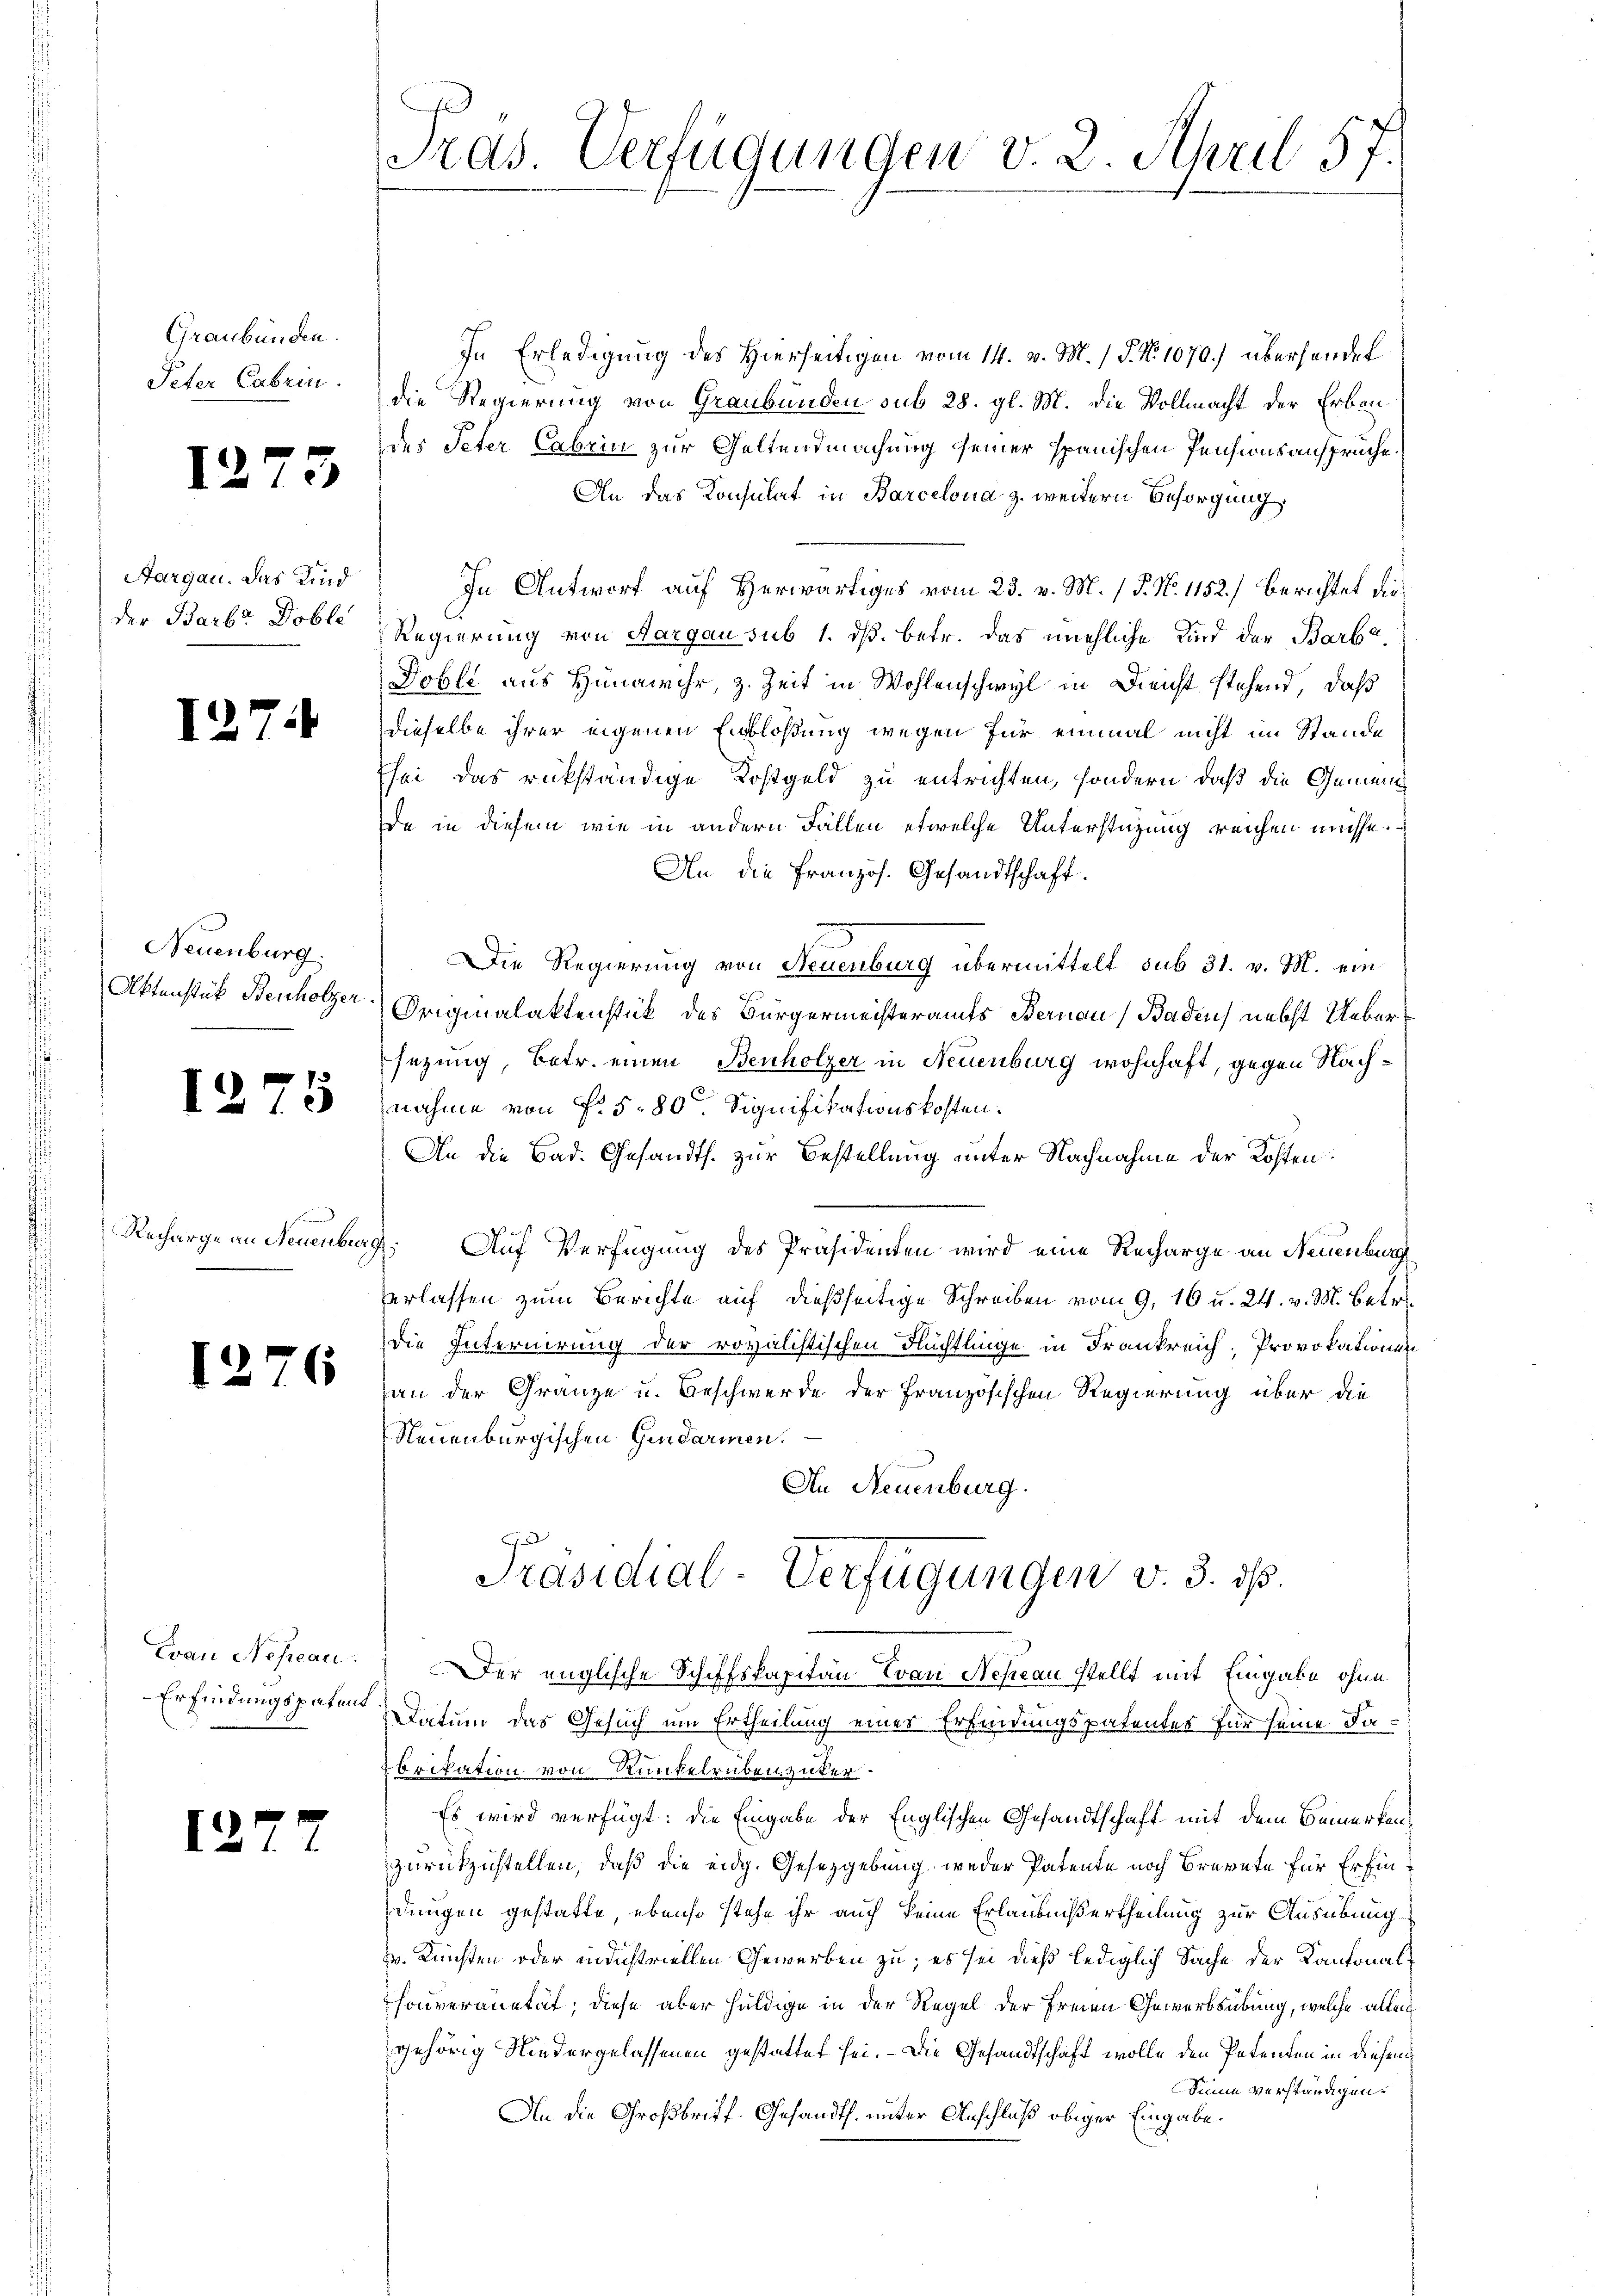
Graubünden.
Peter Cabrin

12

121

1275

1

12

3

¬

Aargau. Das Kind
der Barb. Doble

Neuenburg.
Aktenstück Benholzer

Recharge an Neuenber

6

Wan Nesreau.
Erfindungspatens

2

ras. Verfügungen v. 2. April 57.

In Erledigung des Hierseitigen vom 14. v. M. P. No 1070.) überhander
die Regierung von Graubünden sub 28. gl. M. die Vollmacht der Erbaudes Peter Cabrin zur Geltendmachung seiner spanischen Pensionsansprüche.
An das Konsulat in Barcelona z. weitern Besorgung
In Antwort auf Herwärtiges vom 23. v. M. / 5. No. 1152.) Berichtet die
Regierung von Aargau sub 1. ds. betr. das unehliche Kind der Barba
Doble aus Hinawihr, z. Zeit in Wohlenschwyl in Dienst stehend, daß
dieselbe ihrer eigenen Einblösung wegen für einmal nicht im Stande
sei das rückständige Kostgeld zu entrichten, sondern, daß die Gemeind
da in diesem wie in andern Fällen etwelche Unterstützung reichen müsse.
An die Französ. Gesandtschaft.
Die Regierung von Neuenburg übermittelt sub 31. v. M. ein
Originalaktenstück des Bürgermeisteramts Bernau, Baden nebst Uebersezung, betr. einen Benholzer in Neuenburg wohnhaft, gegen Nachnahme von f. 580 Signifikationskosten.
An die Bad. Gesandts. zur Bestellung unter Nachnahme der Kosten
.Auf Verfügung des Präsidenten wird eine Recharge an Neuenburg
verlassen zum Berichte auf dießseitige Schreiben vom 9. 16 u. 24. v. M. Betr
die Internirung der rovalistischen Flüchtlinge in Frankreich, Provokationen
gan der Gränze u. Beschwerde der Französischen Regierung über die
Neuenburgischen Gendarmen.
An Neuenburg.
Präsidial-Verfügungen v. 3. ds.
Der englische Schiffskapitän Trau Neseau stellt mit Eingabe ohne
Datum das Gesuch um Ertheilung eines Erfindungspatentes für seine Fabrikation von Runkelrübenziker.
Es wird verfügt: die Eingabe der Englischen Gesandtschaft mit dem Bemerken
zurückzustellen, daß die eidg. Gesetzgebung weder Patente noch Brennte für Erfindungen gestatte, ebenso stehe ihr auch keine Erlaubniß ertheilung zur Ausübung
v. Kunsten oder industriellen Gewerben zu, es sei dieß lediglich Sache der Kantonalhouveranetät, diese aber huldige in der Regel der Freien Gewerbsübung, welche allei
gehörig Niedergelassenen gestattet sei. - Die Gesandtschaft wolle den Petenden in diesem
Seine verständigen.
An die Großbriff- Gesandth. unter Anschluß obiger Eingabe.